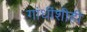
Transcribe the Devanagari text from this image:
गांधींशीही